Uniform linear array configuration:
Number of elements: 64
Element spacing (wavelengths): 0.5
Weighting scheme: blackman
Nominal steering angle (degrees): -30
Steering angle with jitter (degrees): -30.936
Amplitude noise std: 0.05
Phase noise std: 0.05

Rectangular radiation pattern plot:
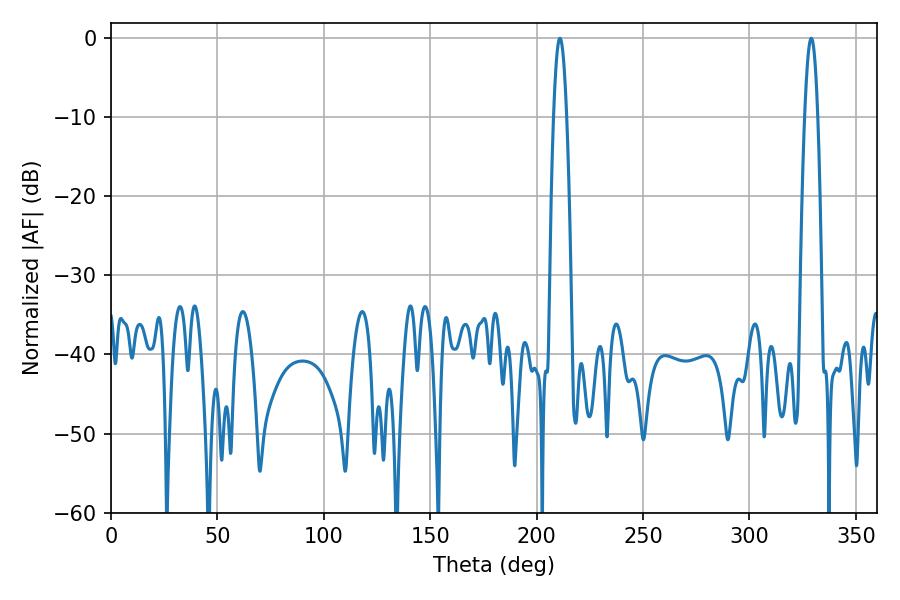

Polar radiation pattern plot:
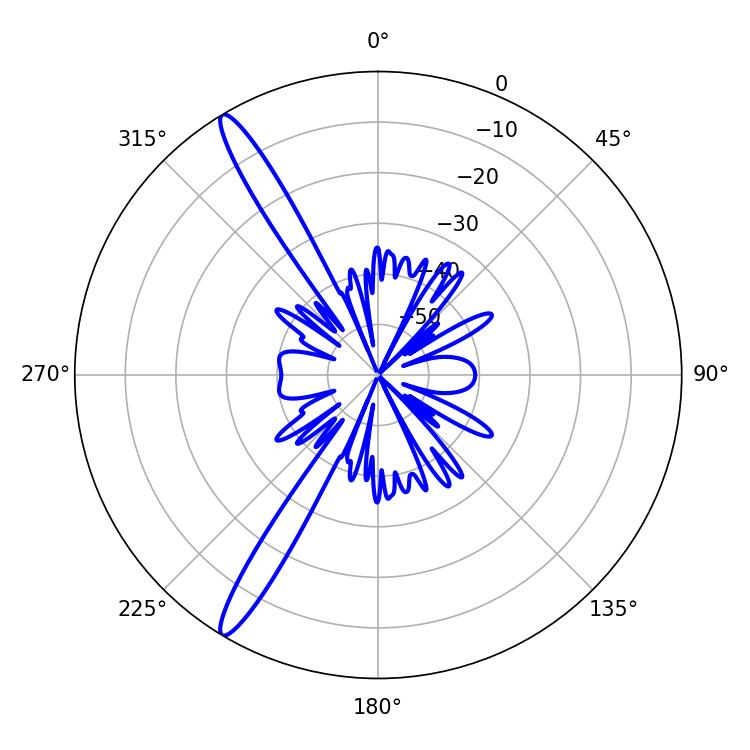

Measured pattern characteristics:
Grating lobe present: FALSE
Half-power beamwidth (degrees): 3.24
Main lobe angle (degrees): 210.96